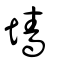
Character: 墻